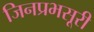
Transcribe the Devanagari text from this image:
जिनप्रभसूरी